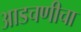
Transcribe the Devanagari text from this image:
आडचणीचा